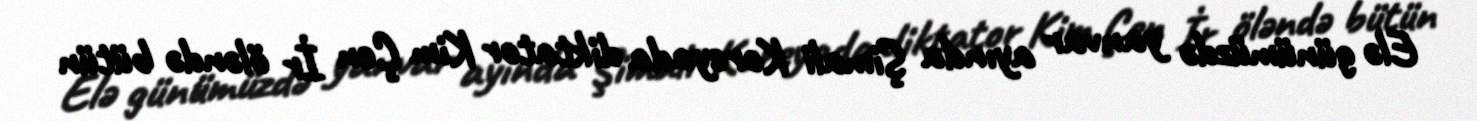
Elə günümüzdə yanvar ayında Şimali Koreyada diktator Kim Çen İr öləndə bütün